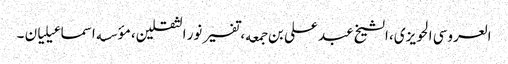
العروسی الحویزی، الشیخ عبد علی بن جمعه، تفسیر نور الثقلین، مؤسسه اسماعیلیان ۔